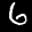
Label: 6